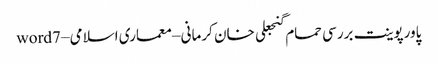
پاورپوینت بررسی حمام گنجعلی خان کرمانی – معماری اسلامی – word7